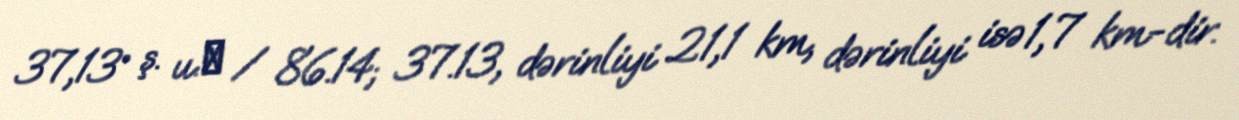
37,13° ş. u.﻿ / 86.14; 37.13, dərinliyi 21,1 km, dərinliyi isə 1,7 km-dir.